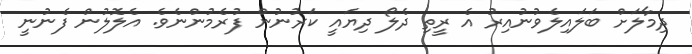
ދިމާލަށް ބަލައިލެވުނުއިރު އެ ރީތި ދެލޯ ދިޔައީ ކަރުނުން ފުރެމުންނެވެ. އެލޮލުން ފެނުނީ